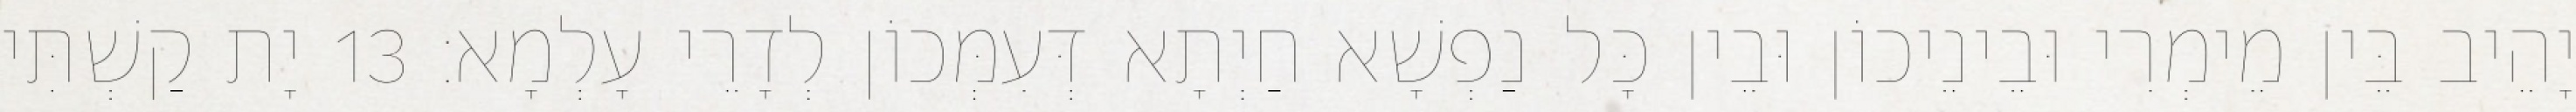
יָהֵיב בֵּין מֵימְרִי וּבֵינֵיכוֹן וּבֵין כָּל נַפְשָׁא חַיְתָא דְּעִמְּכוֹן לְדָרֵי עָלְמָא׃ 13 יָת קַשְׁתִּי